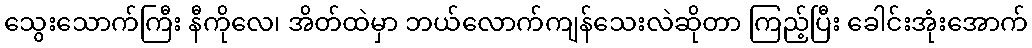
သွေးသောက်ကြီး နီကိုလေ၊ အိတ်ထဲမှာ ဘယ်လောက်ကျန်သေးလဲဆိုတာ ကြည့်ပြီး ခေါင်းအုံးအောက်